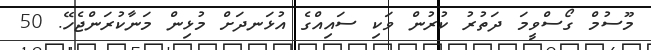
މޫސުމް ގޯސްވީމަ ދަތުރު ކުރުން ވަކި ސައިއްގެ އުޅަނދަށް މުޅިން މަނާކުރަންޖެހޭ. 50